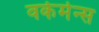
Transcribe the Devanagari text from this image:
वर्कमेन्स